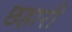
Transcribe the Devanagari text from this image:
छहारी